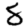
Digit: 8